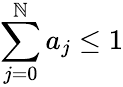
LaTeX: \sum_{j=0}^{\mathbb{N}}a_{j}\le1